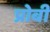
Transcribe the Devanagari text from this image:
प्रोबी